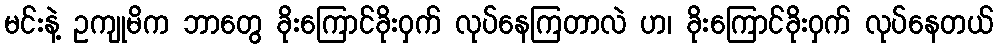
မင်းနဲ့ ဥကျုမိက ဘာတွေ ခိုးကြောင်ခိုးဝှက် လုပ်နေကြတာလဲ ဟ၊ ခိုးကြောင်ခိုးဝှက် လုပ်နေတယ်